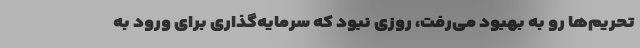
تحریم‌ها رو به بهبود می‌رفت، روزی نبود که سرمایه‌گذاری برای ورود به